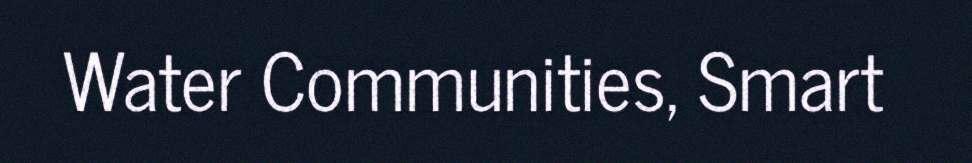
Water Communities, Smart